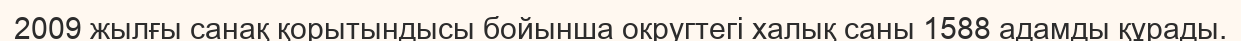
2009 жылғы санақ қорытындысы бойынша округтегі халық саны 1588 адамды құрады.